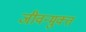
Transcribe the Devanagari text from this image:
जीवन्‍मुक्‍त